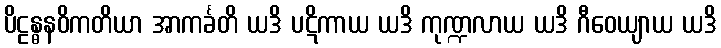
ပိဠန္ဓနဝိကတိယာ အာကင်္ခတိ ယဒိ ပဋိကာယ ယဒိ ကုဏ္ဍလာယ ယဒိ ဂီဝေယျာယ ယဒိ